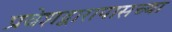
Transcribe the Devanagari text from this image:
प्रवेशद्वारापासच्या